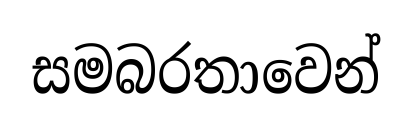
සමබරතාවෙන්